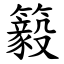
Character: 䉨